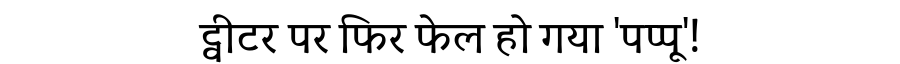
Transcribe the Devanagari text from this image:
ट्वीटर पर फिर फेल हो गया 'पप्पू'!